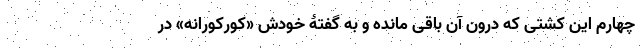
چهارم این کشتی که درون آن باقی مانده و به گفتۀ خودش «کورکورانه» در